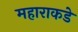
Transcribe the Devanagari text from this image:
महाराकडे